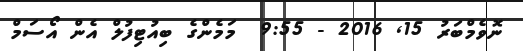
ނޮވެމްބަރު 15